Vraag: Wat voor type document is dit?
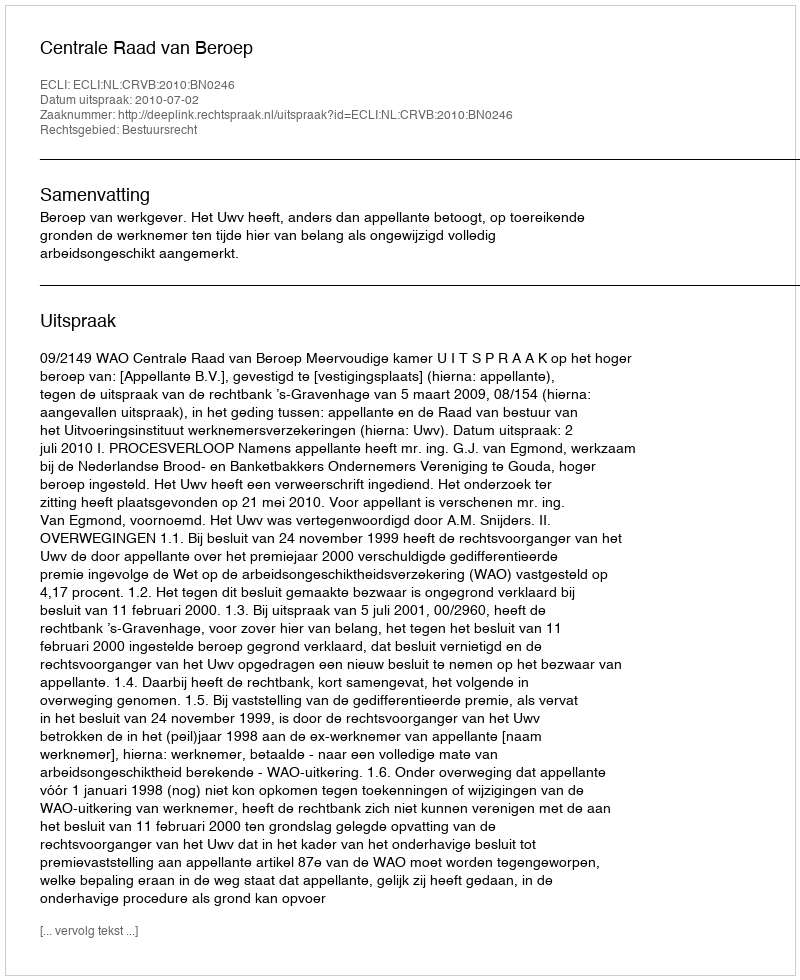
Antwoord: Uitspraak